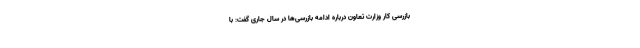
بازرسی کار وزارت تعاون درباره ادامه بازرسی‌ها در سال جاری گفت: با